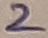
Text: 2